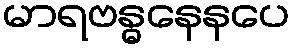
မာရဗန္ဓနေနပေ